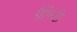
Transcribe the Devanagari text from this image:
ग्रैफिटी